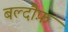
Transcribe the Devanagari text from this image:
बल्दौफ़